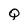
Character: Q